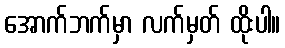
အောက်ဘက်မှာ လက်မှတ် ထိုးပါ။